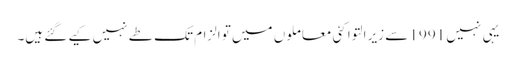
یہی نہیں 1991 سے زیر التوا کئی معاملوں میں تو الزام تک طے نہیں کیے گئے ہیں۔